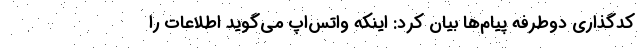
کدگذاری دوطرفه پیام‌ها بیان کرد: اینکه واتس‌اپ می‌گوید اطلاعات را